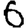
Digit: 6